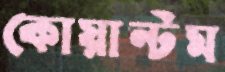
কোয়ান্টম